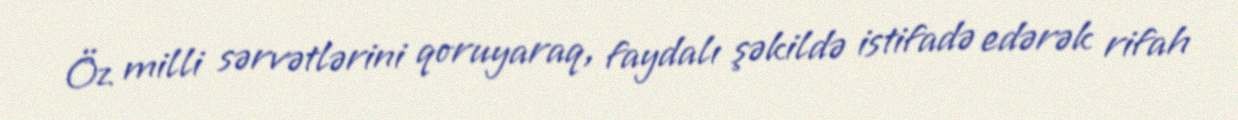
Öz milli sərvətlərini qoruyaraq, faydalı şəkildə istifadə edərək rifah